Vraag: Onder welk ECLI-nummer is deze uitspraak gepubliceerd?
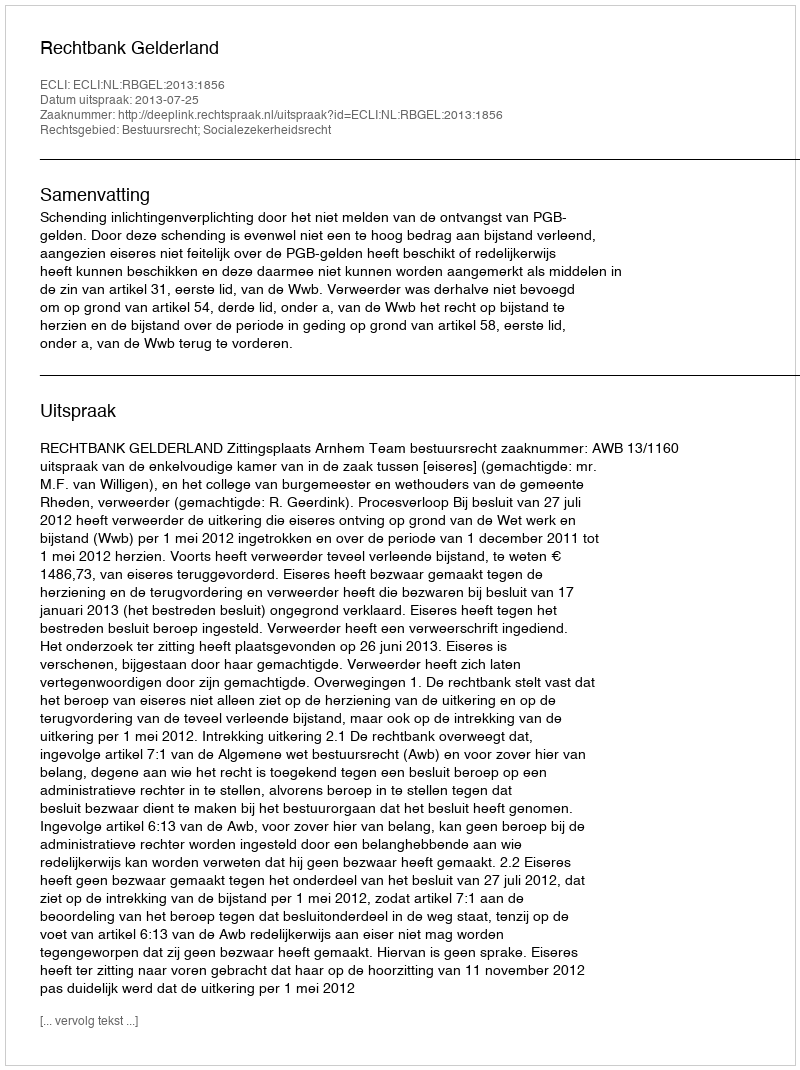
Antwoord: ECLI:NL:RBGEL:2013:1856